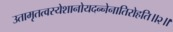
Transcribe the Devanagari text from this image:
उतामृतत्वस्येशानोयदन्नेनातिरोहति॥२॥